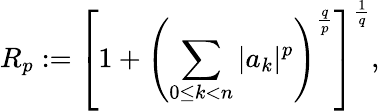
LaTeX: R_{p}:=\left[1+\left(\sum_{0\leq k<n}|a_{k}|^{p}\right)^{\frac{q}{p}}\right]^{\frac{1}{q}},